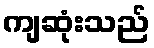
ကျဆုံးသည်